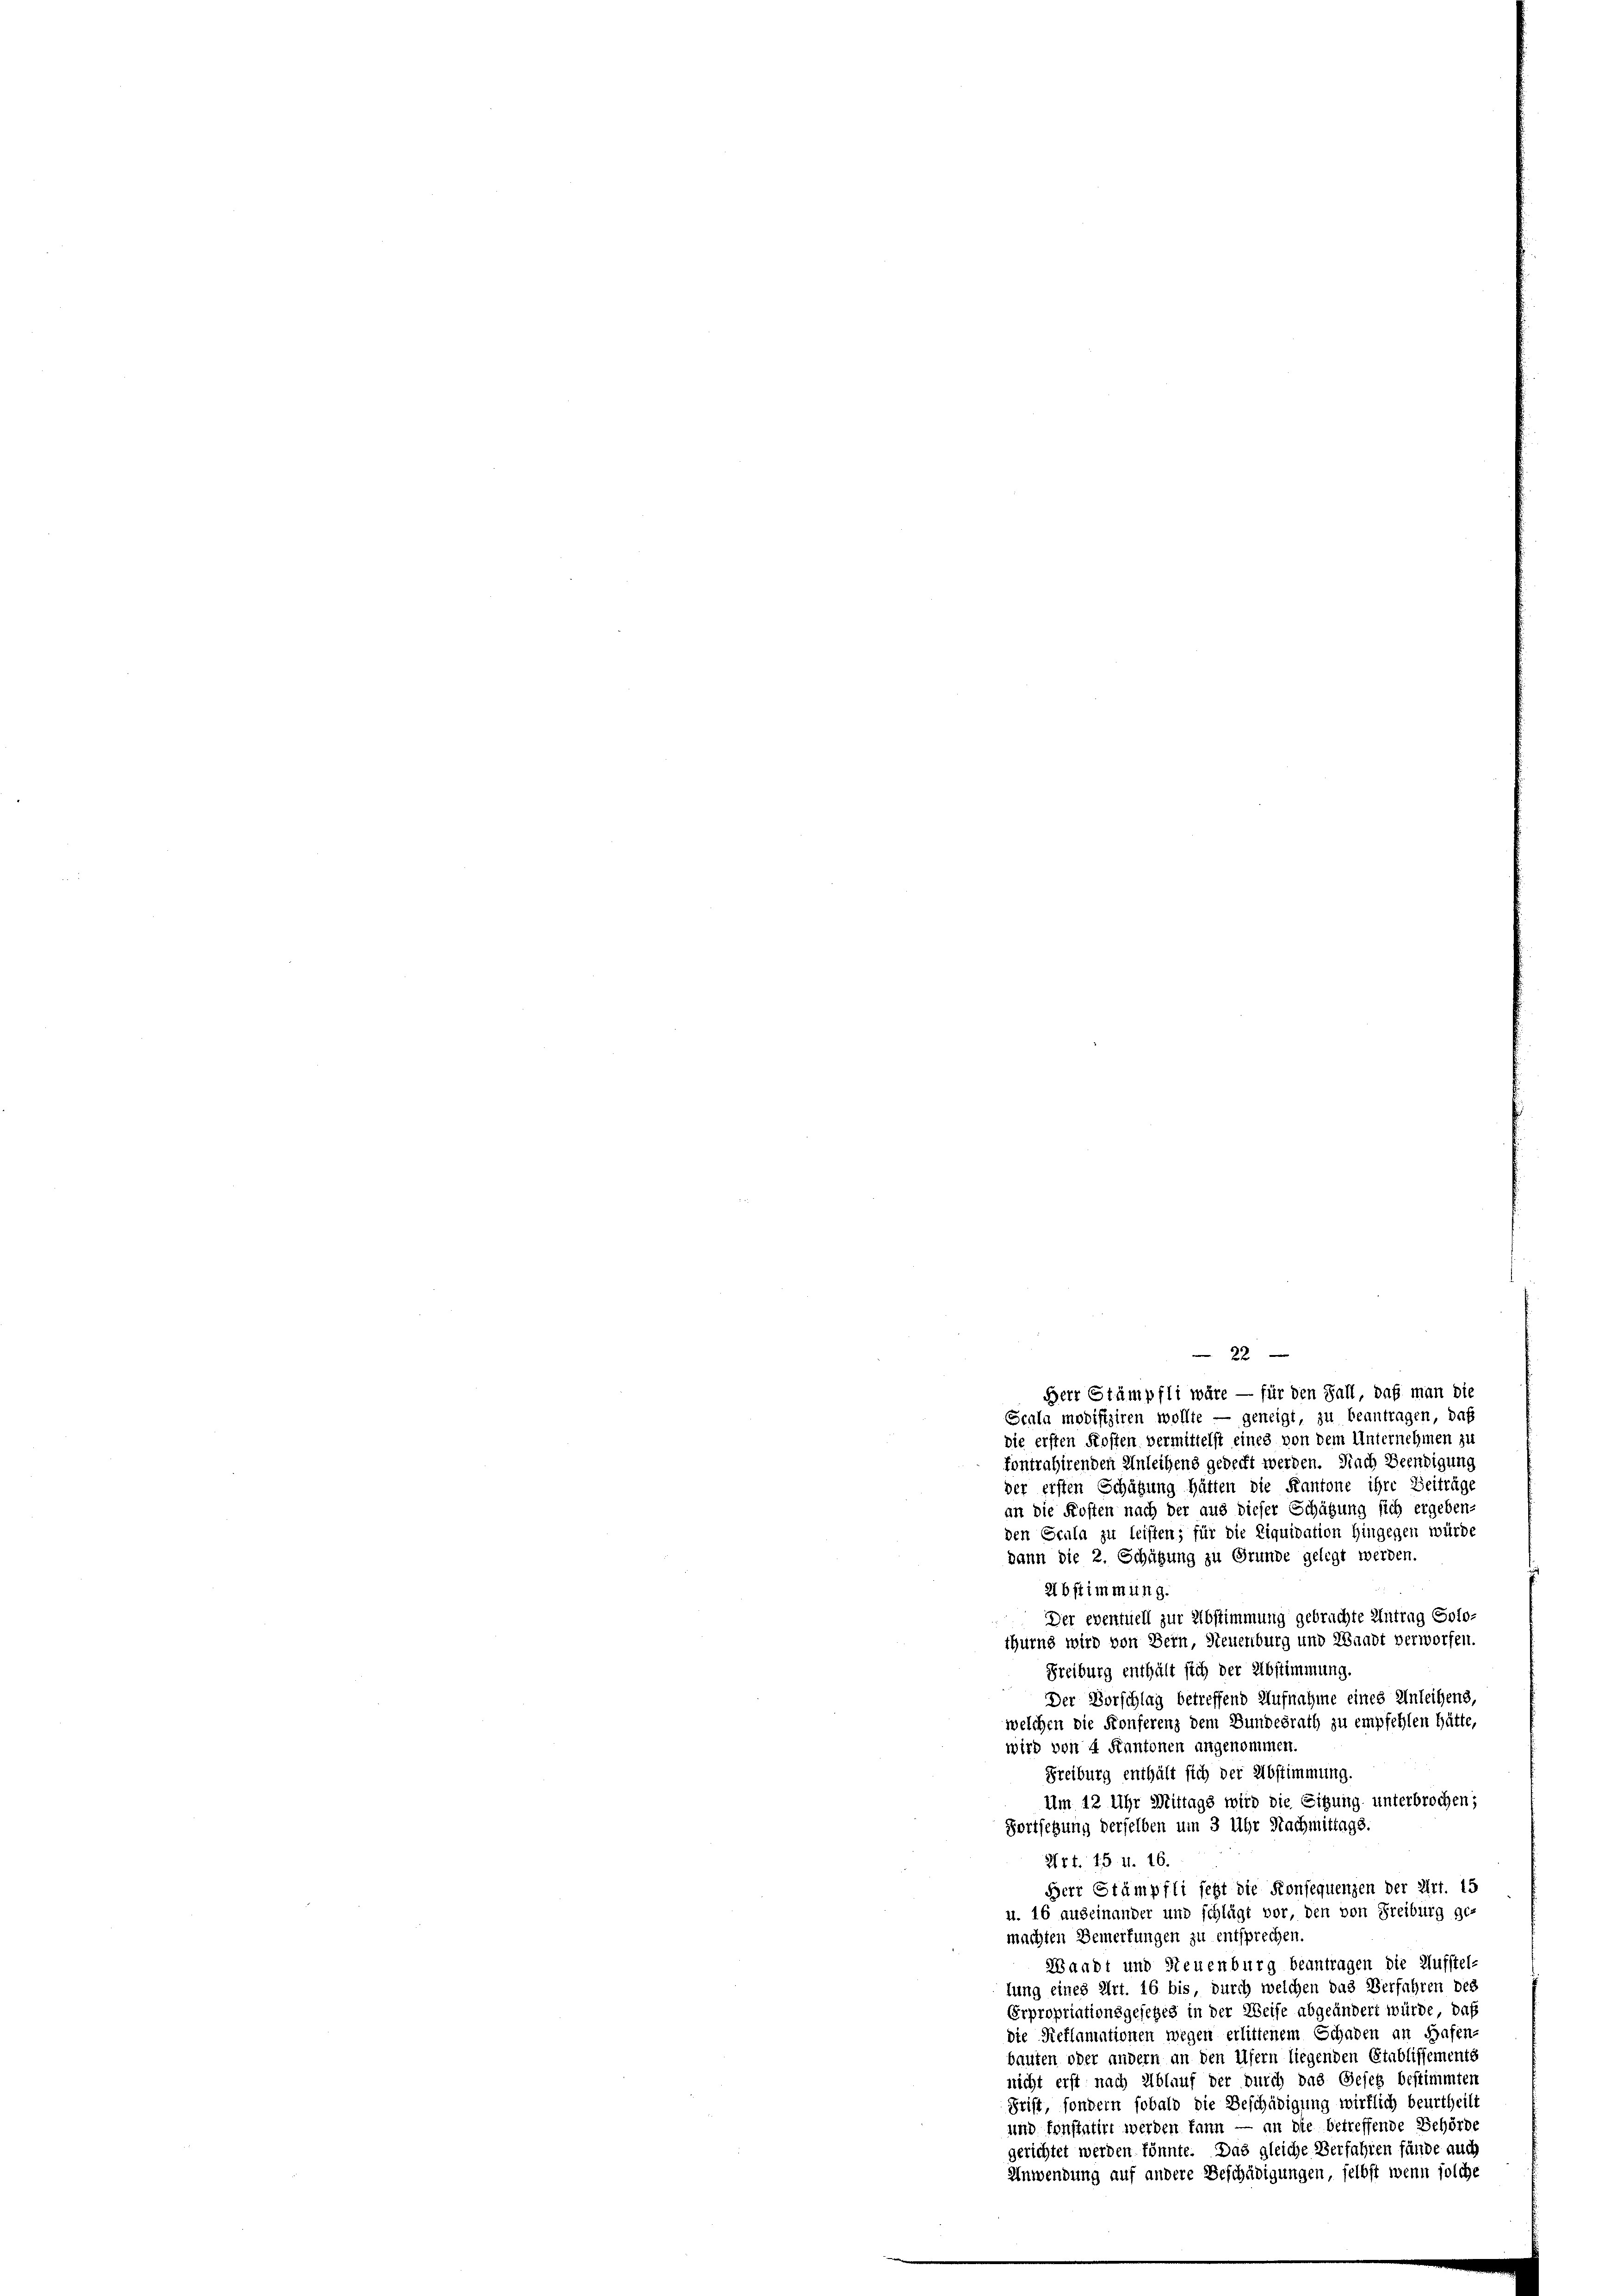
22

Herr Stämpfli wäre — für den Fall daß man die
Scala modifiziren wollte — geneigt, zu beantragen, daß
die ersten Kosten vermittelst eines von dem Unternehmen zu
kontrahirenden Anleihens gedeckt werden. Nach Beendigung
der ersten Schätzung hätten die Kantone ihre Beiträge
an die Kosten nach der aus dieser Schätzung sich ergeben-
den Scula zu leisten; für die Liquidation hingegen würde
dann die 2. Schätzung zu Grunde gelegt werden.
2lbstimmung.
Der eventuell zur Abstimmung gebrachte Antrag Solo-
thurne wird von Bern, Neuenburg und Waadt verworfen.
Freiburg enthält sich der Abstimmung
Der Vorschlag betreffend Aufnahme eines Anleihens,
welchen die Konferenz dem Bundesrath zu empfehlen hätte,
wird von 4 Kantonen angenommen.
.
Freiburg enthält sich der Abstimmung.
Um 12 Uhr Mittags wird die Sitzung unterbrochen;
Fortsetzung derselben um 3 Uhr Nachmittags.
27t. 15. 11. 16.
Herr Stämpfli jetzt die Konsequenzen der Art. 15
u. 16 auseinander und schlägt vor, den von Freiburg ge-
machten Bemerkungen zu entsprechen.
Waadt und Neuenburg beantragen die Aufstel-
lung eines Art. 16 bis durch welchen das Verfahren des
Expropriationsgesetzes in der Weise abgeändert würde, daß
die Reflamationen wegen erlittenem Schaden an Hafen-
bauten oder andern an den Ufern liegenden Etablissements
nicht erst nach Ablauf der durch das Gesetz bestimmter
Frist, sondern sobald die Beschädigung wirklich beurtheilt
und konstatirt werden kann — an die betreffende Behörde
gerichtet werden könnte. Das gleiche Verfahren fände auch
Anwendung auf andere Beschädigungen, selbst wenn solche